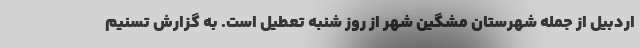
اردبیل از جمله شهرستان مشگین شهر از روز شنبه تعطیل است. به گزارش تسنیم